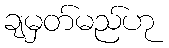
ချမှတ်မည်ဟု